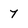
Character: 7